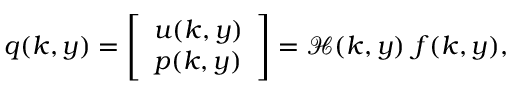
\boldsymbol { q } ( \boldsymbol { k } , y ) = \left[ \begin{array} { l } { \boldsymbol { u } ( \boldsymbol { k } , y ) } \\ { p ( \boldsymbol { k } , y ) } \end{array} \right] = \mathcal { H } ( \boldsymbol { k } , y ) ~ \boldsymbol { f } ( \boldsymbol { k } , y ) ,